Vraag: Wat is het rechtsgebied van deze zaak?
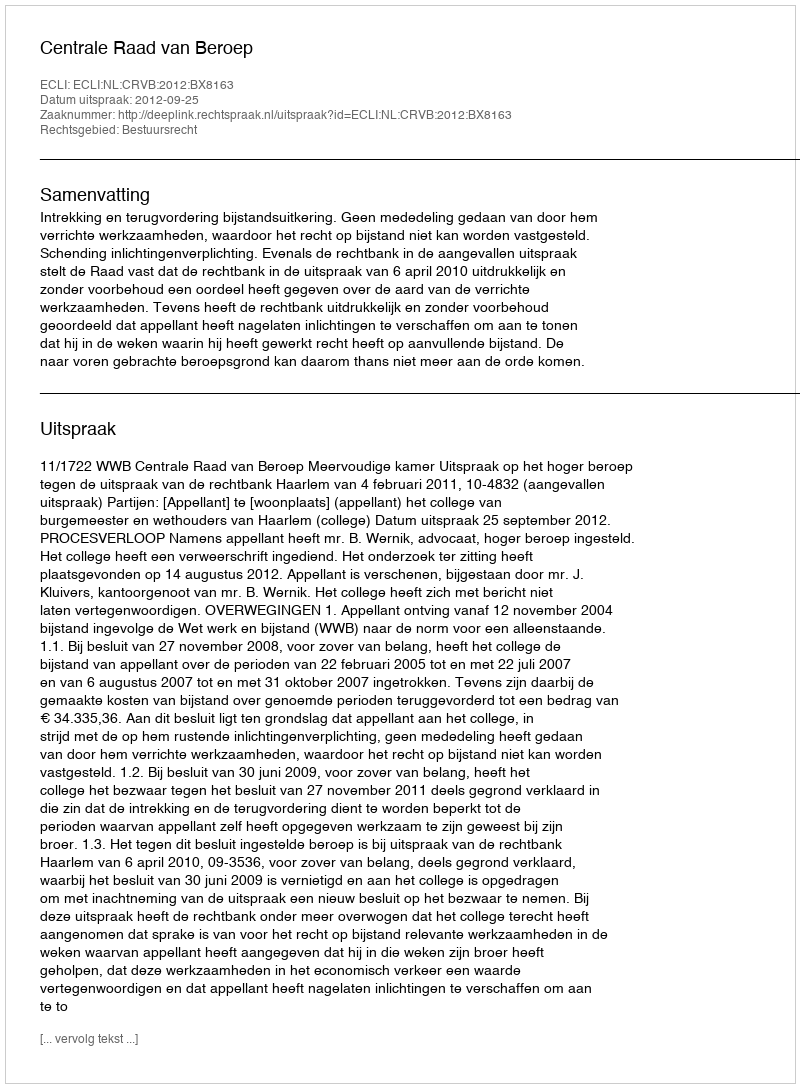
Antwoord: Bestuursrecht